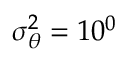
\sigma _ { \theta } ^ { 2 } = 1 0 ^ { 0 }